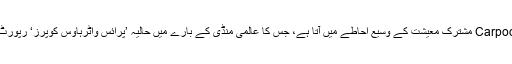
ایک عمومی خیال کے طور پر Carpooling مشترک معیشت کے وسیع احاطے میں آتا ہے، جس کا عالمی منڈی کے بارے میں حالیہ ’پرائس واٹرہاوس کوپرز‘ رپورٹ نے 15 بلین ڈالر کا تخمینہ لگایا ہے۔